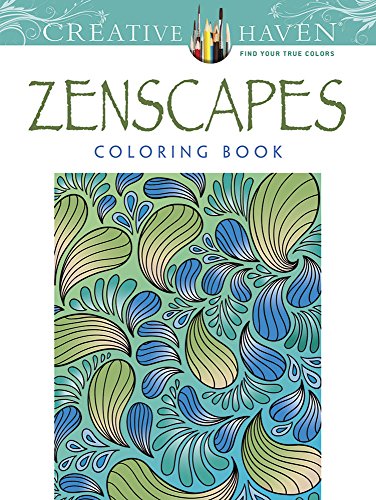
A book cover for Creative Haven Zenscapes Coloring Book (Creative Haven Coloring Books); Jessica Mazurkiewicz; Arts & Photography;